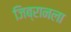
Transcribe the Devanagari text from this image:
जिब्रानला